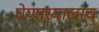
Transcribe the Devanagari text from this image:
घेणार्‍यालाच